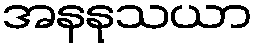
အနနုသယာ